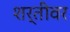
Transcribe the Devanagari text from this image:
शर्तीवर